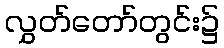
လွှတ်တော်တွင်း၌